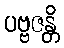
ပဗ္ဗဇန္တိ